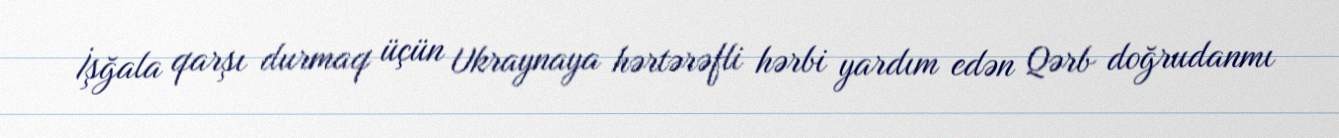
İşğala qarşı durmaq üçün Ukraynaya hərtərəfli hərbi yardım edən Qərb doğrudanmı